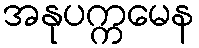
အနုပက္ကမေန